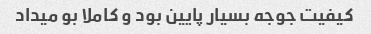
کیفیت جوجه بسیار پایین بود و کاملا بو میداد